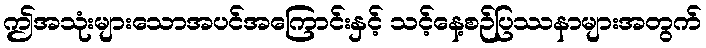
ဤအသုံးများသောအပင်အကြောင်းနှင့် သင့်နေ့စဉ်ပြဿနာများအတွက်